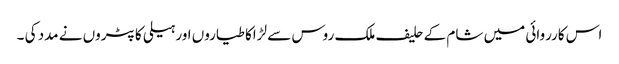
اس کارروائی میں شام کے حلیف ملک روس سے لڑاکا طیاروں اور ہیلی کاپٹروں نے مدد کی ۔